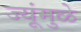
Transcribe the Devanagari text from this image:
ज्यूंमुळे